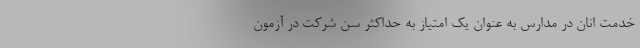
خدمت انان در مدارس به عنوان یک امتیاز به حداکثر سن شرکت در آزمون